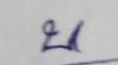
บน